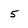
Character: 5